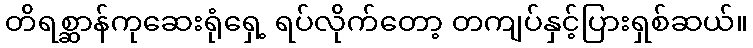
တိရစ္ဆာန်ကုဆေးရုံရှေ့ ရပ်လိုက်တော့ တကျပ်နှင့်ပြားရှစ်ဆယ်။